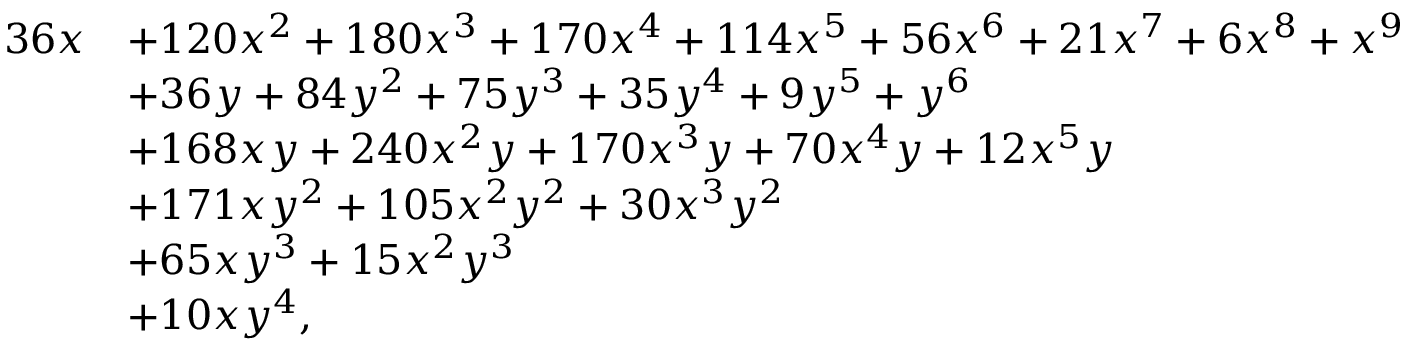
{ \begin{array} { r l } { 3 6 x } & { + 1 2 0 x ^ { 2 } + 1 8 0 x ^ { 3 } + 1 7 0 x ^ { 4 } + 1 1 4 x ^ { 5 } + 5 6 x ^ { 6 } + 2 1 x ^ { 7 } + 6 x ^ { 8 } + x ^ { 9 } } \\ & { + 3 6 y + 8 4 y ^ { 2 } + 7 5 y ^ { 3 } + 3 5 y ^ { 4 } + 9 y ^ { 5 } + y ^ { 6 } } \\ & { + 1 6 8 x y + 2 4 0 x ^ { 2 } y + 1 7 0 x ^ { 3 } y + 7 0 x ^ { 4 } y + 1 2 x ^ { 5 } y } \\ & { + 1 7 1 x y ^ { 2 } + 1 0 5 x ^ { 2 } y ^ { 2 } + 3 0 x ^ { 3 } y ^ { 2 } } \\ & { + 6 5 x y ^ { 3 } + 1 5 x ^ { 2 } y ^ { 3 } } \\ & { + 1 0 x y ^ { 4 } , } \end{array} }